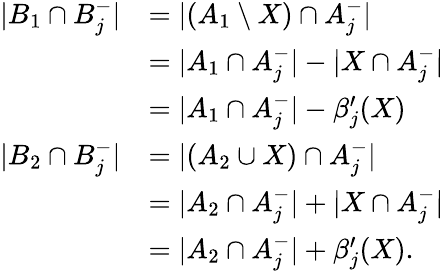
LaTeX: \begin{array}{rl}{|B_{1}\cap B_{j}^{-}|}&{=|(A_{1}\setminus X)\cap A_{j}^{-}|}\\ &{=|A_{1}\cap A_{j}^{-}|-|X\cap A_{j}^{-}|}\\ &{=|A_{1}\cap A_{j}^{-}|-\beta_{j}^{\prime}(X)}\\ {|B_{2}\cap B_{j}^{-}|}&{=|(A_{2}\cup X)\cap A_{j}^{-}|}\\ &{=|A_{2}\cap A_{j}^{-}|+|X\cap A_{j}^{-}|}\\ &{=|A_{2}\cap A_{j}^{-}|+\beta_{j}^{\prime}(X).}\end{array}